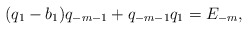
\begin{align*} (q_1-b_1)q_{-m-1}+q_{-m-1}q_1=E_{-m}, \end{align*}